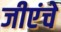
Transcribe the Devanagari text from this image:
जीएंचे